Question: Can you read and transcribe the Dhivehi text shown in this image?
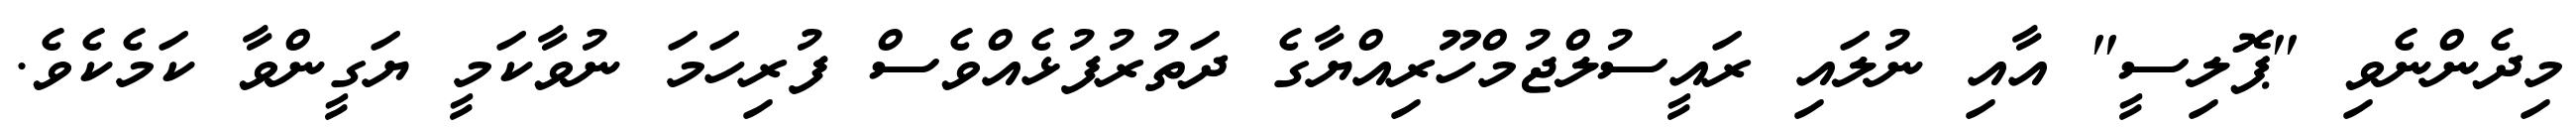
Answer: މިދެންނެވި "ޕޮލިސީ" އާއި ނުލައި ރައީސުލްޖުމްހޫރިއްޔާގެ ދަތުރުފުޅެއްވެސް ފުރިހަމަ ނުވާކަމީ ޔަގީންވާ ކަމެކެވެ.